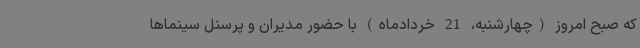
که صبح امروز (چهارشنبه، 21 خردادماه) با حضور مدیران و پرسنل سینماها